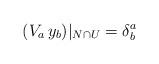
LaTeX: \begin{align*}(V_a\, y_b)|_{N\cap U}=\delta^a_b\end{align*}